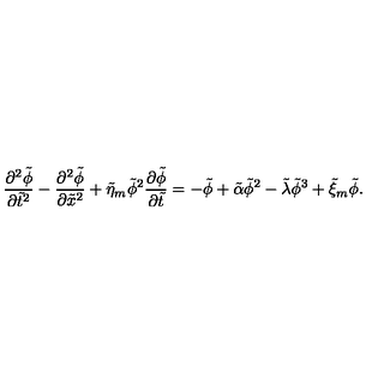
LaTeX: \frac { \partial ^ { 2 } \tilde { \phi } } { \partial \tilde { t } ^ { 2 } } - \frac { \partial ^ { 2 } \tilde { \phi } } { \partial \tilde { x } ^ { 2 } } + \tilde { \eta } _ { m } \tilde { \phi } ^ { 2 } \frac { \partial \tilde { \phi } } { \partial \tilde { t } } = - \tilde { \phi } + \tilde { \alpha } \tilde { \phi } ^ { 2 } - \tilde { \lambda } \tilde { \phi } ^ { 3 } + \tilde { \xi } _ { m } \tilde { \phi } .